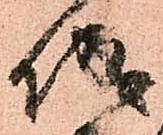
城